Vaccination Hyderabad 1890-1903 - 1890-1903
Year: 1890
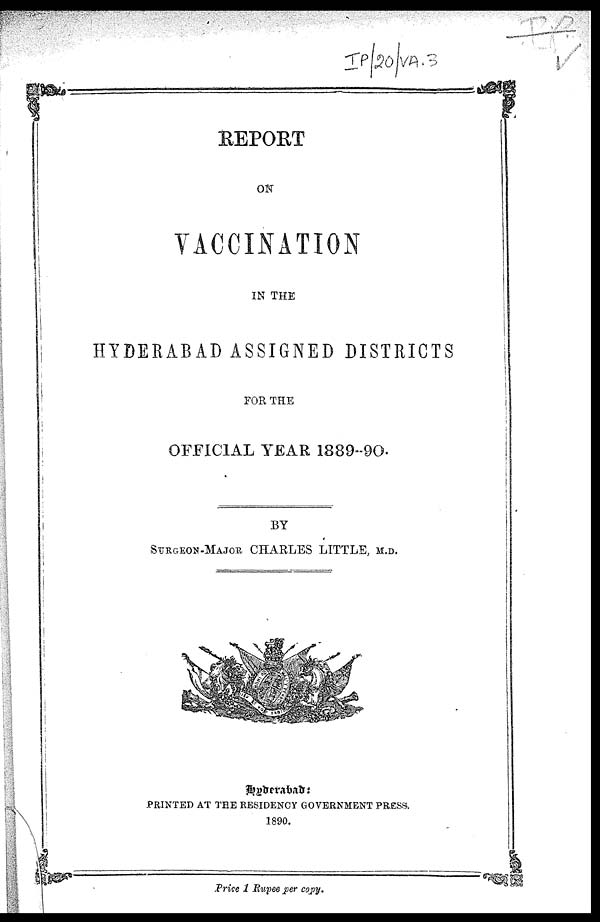
REPORT
ON
VACCINATION
IN THE
HYDERABAD ASSIGNED DISTRICTS
FOR THE
OFFICIAL YEAR 1889-90.
BY
SURGEON-MAJOR CHARLES LITTLE, M.D.
Hyderabad :
PRINTED AT THE RESIDENCY GOVERNMENT PRESS.
1890.
Price 1 Rupee per copy.